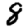
Digit: 8